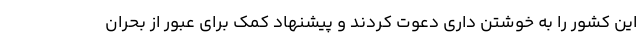
این کشور را به خوشتن داری دعوت کردند و پیشنهاد کمک برای عبور از بحران